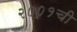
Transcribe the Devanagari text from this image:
२००१ची